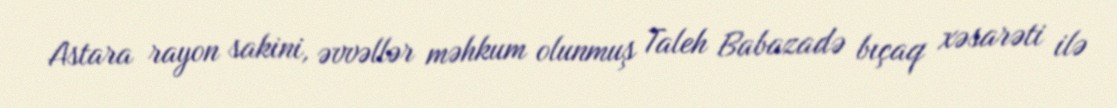
Astara rayon sakini, əvvəllər məhkum olunmuş Taleh Babazadə bıçaq xəsarəti ilə